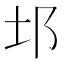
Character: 𨙭